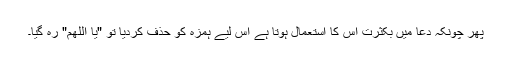
پھر چونکہ دعا میں بکثرت اس کا استعمال ہوتا ہے اس لیے ہمزہ کو حذف کردیا تو "یا اللھم" رہ گیا۔